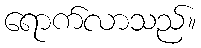
ရောက်လာသည်။